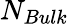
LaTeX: N_{Bulk}